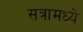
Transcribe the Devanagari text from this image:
सत्रामध्ये